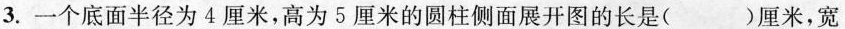
3.一个底面半径为4厘米，高为5厘米的圆柱侧面展开图的长是()厘米，宽